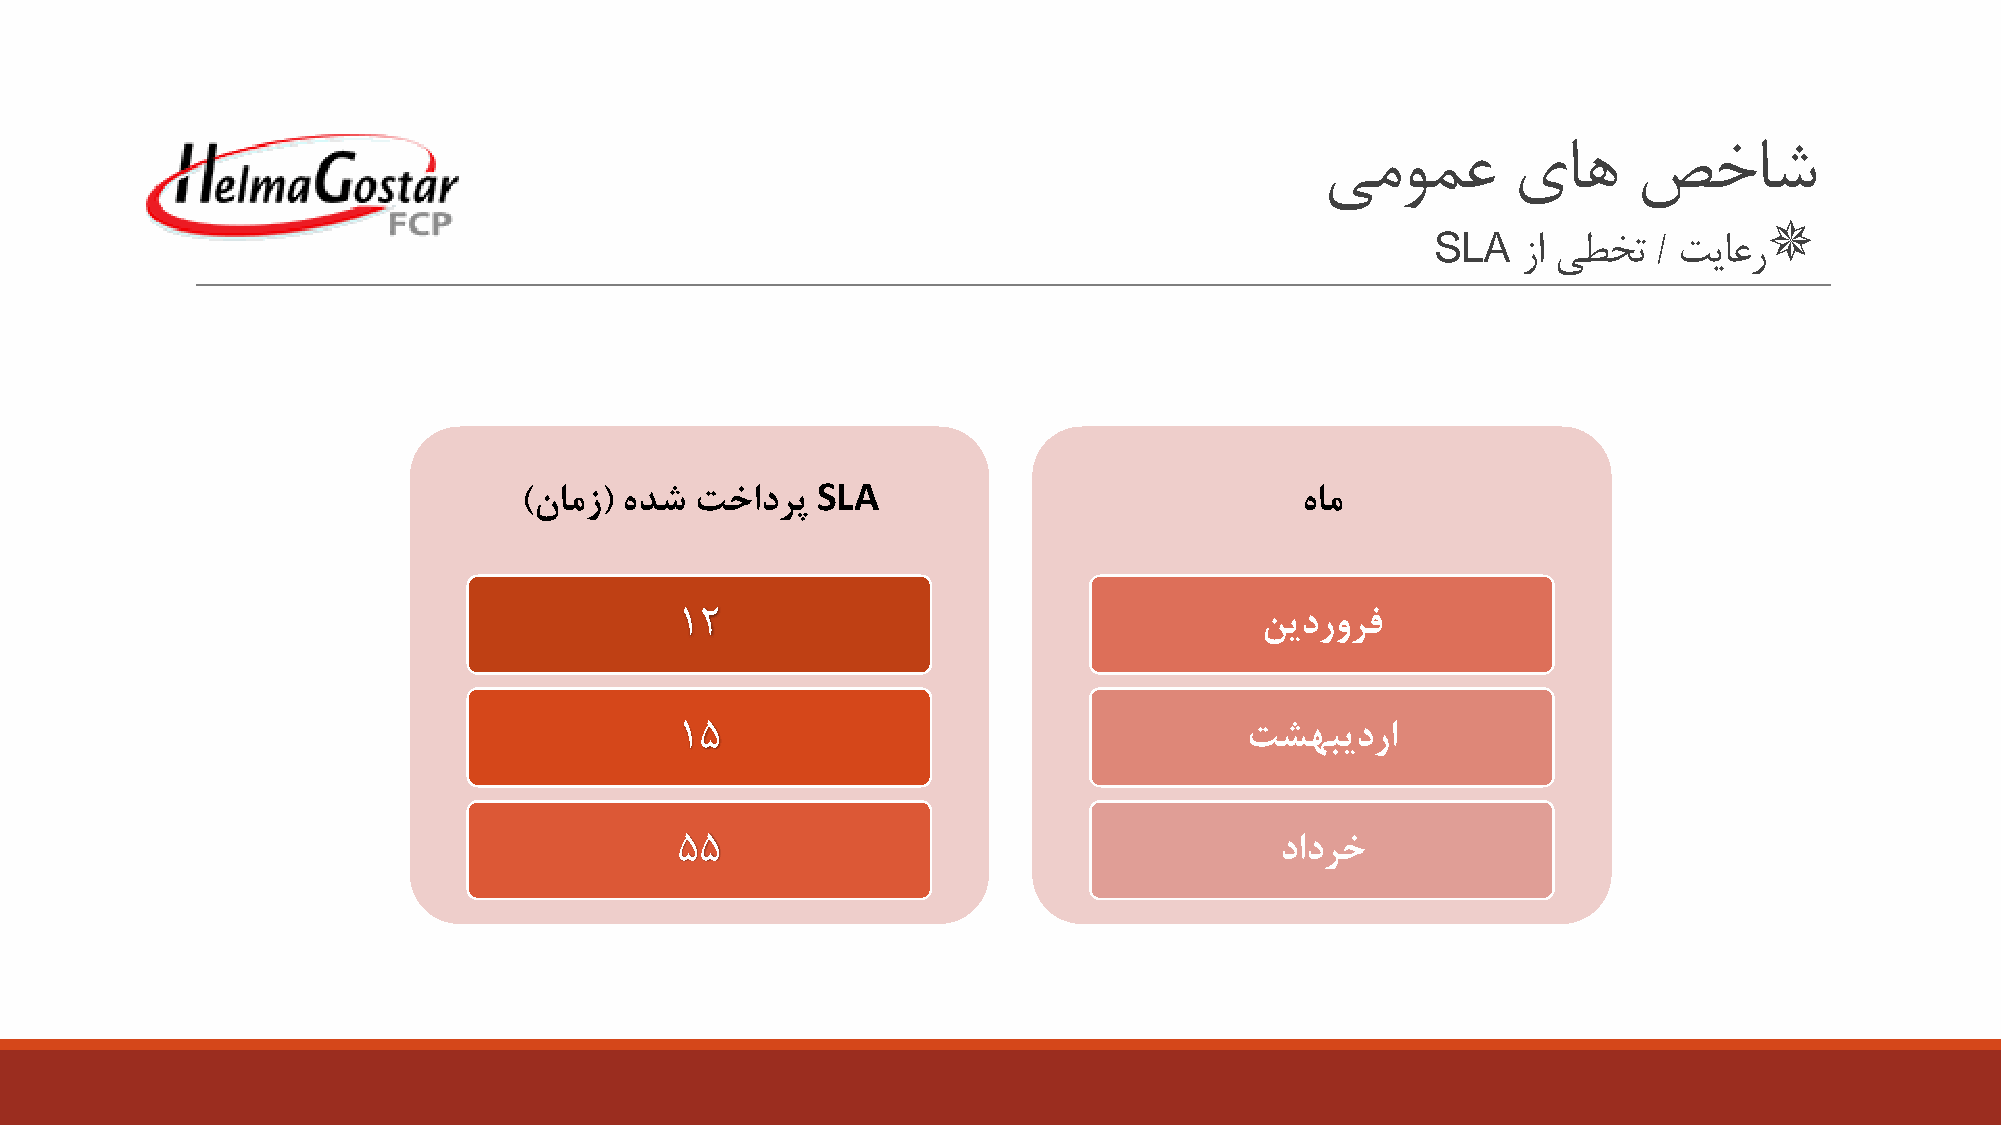
یمومع       یاه     صخاش
 
 SLA
 زا یطخت  / تياعر
 SLA
 )نامز( هدش  تخادرپ                                  هام
 12                                    نیدرورف
 15                                   تشهبیدرا
 55                                      دادرخ